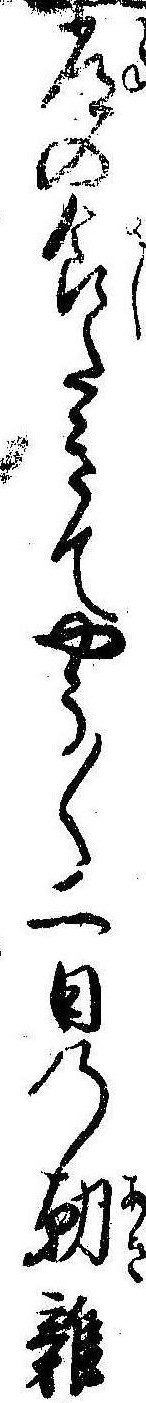
常の食たきてやう〱二日の朝雑